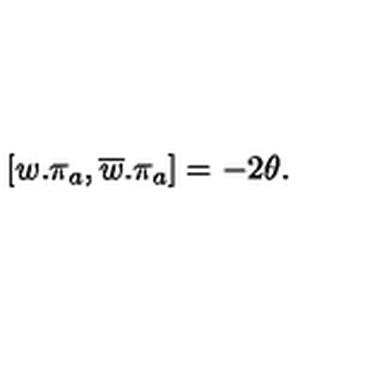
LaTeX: \left[ w . \mathbf { \pi } _ { a } , \overline { { w } } . \mathbf { \pi } _ { a } \right] = - 2 \theta .